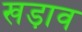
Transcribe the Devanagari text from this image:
खड़ाव